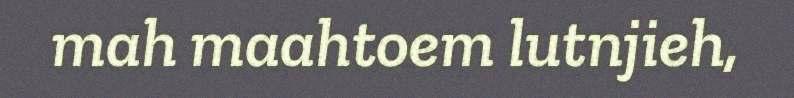
mah maahtoem lutnjieh,